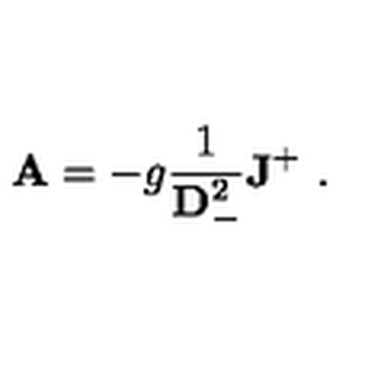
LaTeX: { \bf A } = - g { \frac { 1 } { { \bf D } _ { - } ^ { 2 } } } { \bf J } ^ { + } \ .